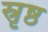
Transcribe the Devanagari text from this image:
स्रृष्ठ